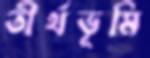
তীর্থভূমি